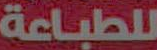
للطباعة